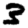
Digit: 3